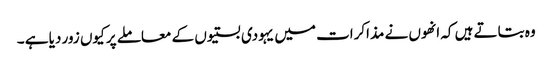
وہ بتاتے ہیں کہ انھوں نے مذاکرات میں یہودی بستیوں کے معاملے پر کیوں زور دیا ہے ۔